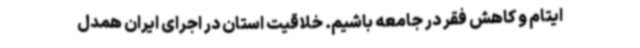
ایتام و کاهش فقر در جامعه باشیم. خلاقیت استان در اجرای ایران همدل